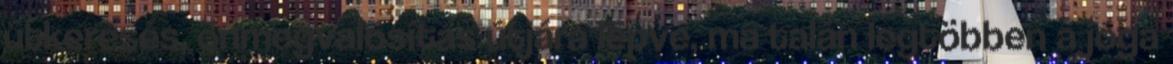
útkeresés, önmegvalósítás útjára lépve, ma talán legtöbben a jóga